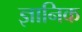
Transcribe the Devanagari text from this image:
ज्ञानिक